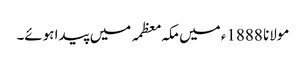
مولانا 1888ء میں مکہ معظمہ میں پیدا ہوئے۔